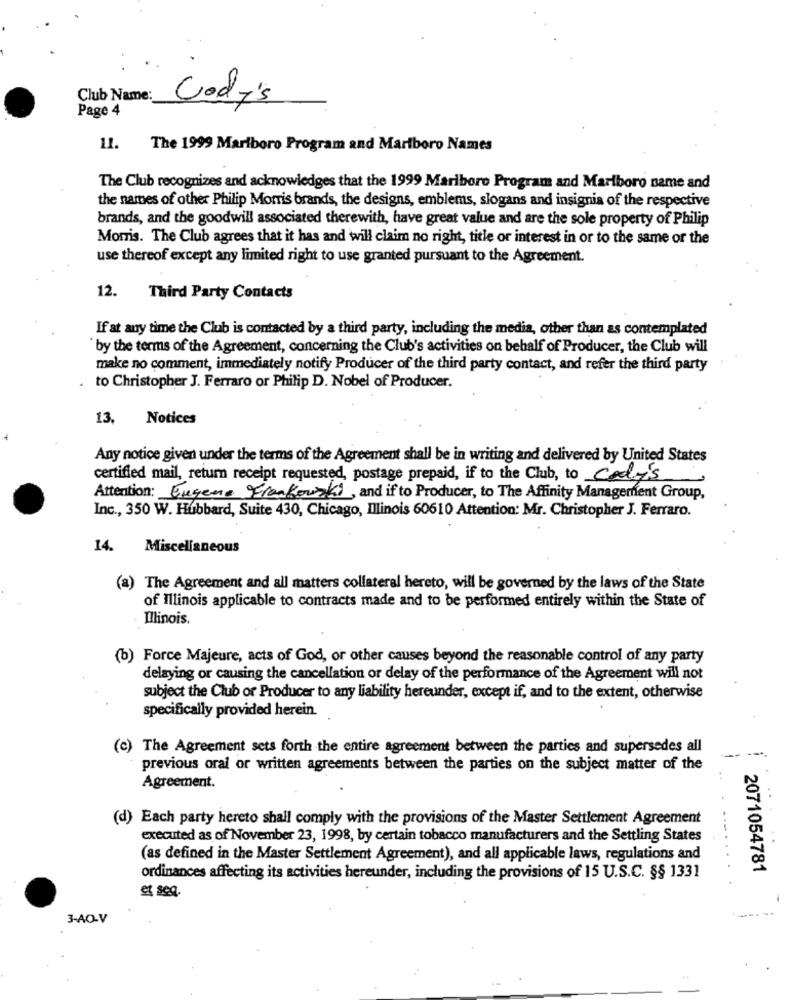
Club Name:
Page 4
Cody's
11. The 1999 Marlboro Program and Marlboro Names
The Club recognizes and acknowledges that the 1999 Marlboro Program and Marlboro name and
the names of other Philip Morris brands, the designs, emblems, slogans and insignia of the respective
brands, and the goodwill associated therewith, have great value and are the sole property of Philip
Momis. The Club agrees that it has and will claim no right, title or interest in or to the same or the
use thereof except any limited right to use granted pursuant to the Agreement.
12.
Third Party Contacts
If at any time the Club is contacted by a third party, including the media, other than as contemplated
by the terms of the Agreement, concerning the Club's activities on behalf of Producer, the Club will
make no comment, immediately notify Producer of the third party contact, and refer the third party
to Christopher J. Ferraro or Philip D. Nobel of Producer.
13.
Notices
Any notice given under the terms of the Agreement shall be in writing and delivered by United States
certified mail, return receipt requested, postage prepaid, if to the Club, to Cody's
Attention: Eugene Frankowski, and if to Producer, to The Affinity Management Group,
Inc ., 350 W. Hubbard, Suite 430, Chicago, Illinois 60610 Attention: Mr. Christopher J. Ferraro.
14.
Miscellaneous
(a) The Agreement and all matters collateral hereto, will be governed by the laws of the State
of Illinois applicable to contracts made and to be performed entirely within the State of
Illinois.
(b) Force Majeure, acts of God, or other causes beyond the reasonable control of any party
delaying or causing the cancellation or delay of the performance of the Agreement will not
subject the Club or Producer to any liability hereunder, except if, and to the extent, otherwise
specifically provided herein.
(c) The Agreement sets forth the entire agreement between the parties and supersedes all
previous oral or written agreements between the parties on the subject matter of the
Agreement.
(d) Each party hereto shall comply with the provisions of the Master Settlement Agreement
executed as of November 23, 1998, by certain tobacco manufacturers and the Settling States
(as defined in the Master Settlement Agreement), and all applicable laws, regulations and
......
ordinances affecting its activities hereunder, including the provisions of 15 U.S.C. §§ 1331
2071054781
3-AO-V